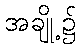
အချို့၌